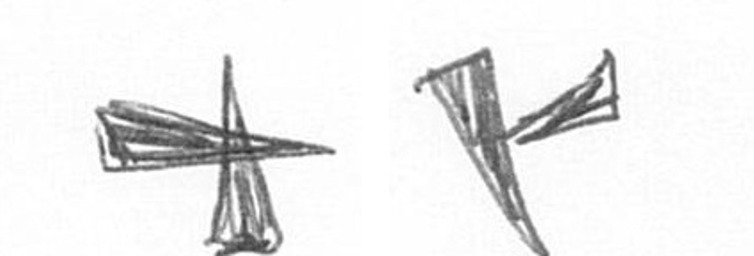
G F